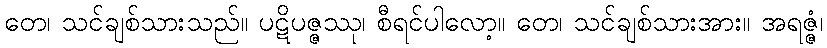
တေ၊ သင်ချစ်သားသည်။ ပဋိပဇ္ဇဿု၊ စီရင်ပါလော့။ တေ၊ သင်ချစ်သားအား။ အရဇ္ဇံ၊